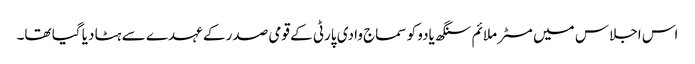
اس اجلاس میں مسٹر ملائم سنگھ یادو کو سماج وادی پارٹی کے قومی صدر کے عہدے سے ہٹا دیا گیا تھا۔